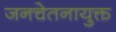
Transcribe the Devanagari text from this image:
जनचेतनायुक्त